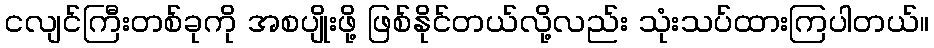
ငလျင်ကြီးတစ်ခုကို အစပျိုးဖို့ ဖြစ်နိုင်တယ်လို့လည်း သုံးသပ်ထားကြပါတယ်။